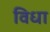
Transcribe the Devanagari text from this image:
विधा